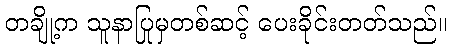
တချို့က သူနာပြုမှတစ်ဆင့် ပေးခိုင်းတတ်သည်။